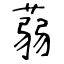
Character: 蒻